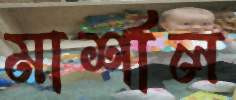
মার্শাল